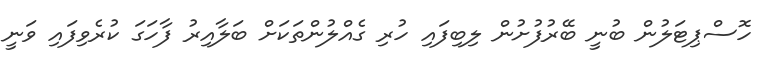
ހޮސްޕިޓަލުން ބުނީ ބޭރުފުށުން ލިބިފައި ހުރި ގެއްލުންތަކަށް ބަލާއިރު ފާހަގަ ކުރެވިފައި ވަނީ